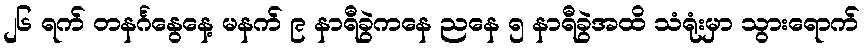
၂၆ ရက် တနင်္ဂနွေနေ့ မနက် ၉ နာရီခွဲကနေ ညနေ ၅ နာရီခွဲအထိ သံရုံးမှာ သွားရောက်